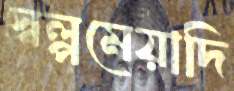
স্বল্পমেয়াদি